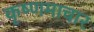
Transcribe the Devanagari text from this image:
कृष्णमाचार